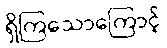
ရှိကြသောကြောင့်